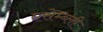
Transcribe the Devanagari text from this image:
एसेम्ब्ली